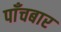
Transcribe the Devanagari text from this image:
पाँचबार